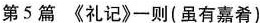
第5篇 《礼记》一则(虽有嘉肴)